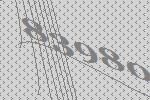
83980